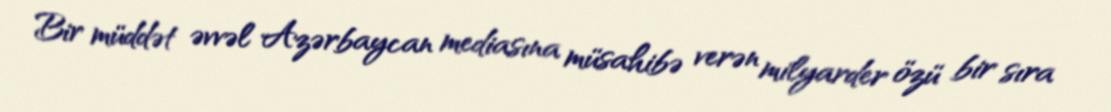
Bir müddət əvvəl Azərbaycan mediasına müsahibə verən milyarder özü bir sıra